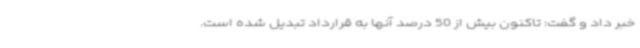
خبر داد و گفت: تاکنون بیش از 50 درصد آنها به قرارداد تبدیل شده است.